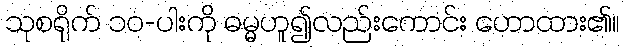
သုစရိုက် ၁၀-ပါးကို ဓမ္မဟူ၍လည်းကောင်း ဟောထား၏။